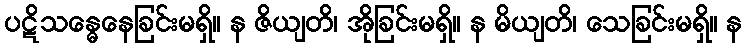
ပဋိသန္ဓေနေခြင်းမရှိ။ န ဇိယျတိ၊ အိုခြင်းမရှိ။ န မိယျတိ၊ သေခြင်းမရှိ။ န